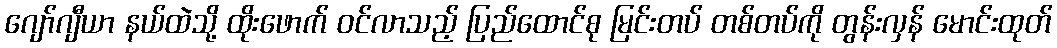
ဂျော်ဂျီယာ နယ်ထဲသို့ ထိုးဖောက် ဝင်လာသည့် ပြည်ထောင်စု မြင်းတပ် တစ်တပ်ကို တွန်းလှန် မောင်းထုတ်